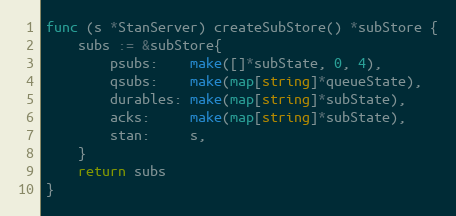
Language: Go
func (s *StanServer) createSubStore() *subStore {
	subs := &subStore{
		psubs:    make([]*subState, 0, 4),
		qsubs:    make(map[string]*queueState),
		durables: make(map[string]*subState),
		acks:     make(map[string]*subState),
		stan:     s,
	}
	return subs
}